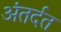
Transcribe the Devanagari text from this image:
अंतर्दत